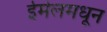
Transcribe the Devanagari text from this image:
ईमेलमधून